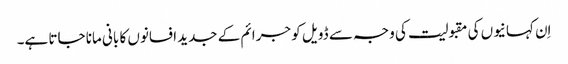
اِن کہانیوں کی مقبولیت کی وجہ سے ڈویل کو جرائم کے جدید افسانوں کا بانی مانا جاتا ہے۔